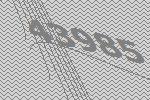
43985